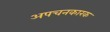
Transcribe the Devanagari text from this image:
अपचनकारक